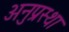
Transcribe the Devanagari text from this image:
अनुप्रस्था